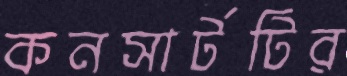
কনসার্টটির